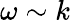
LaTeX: \omega\sim k